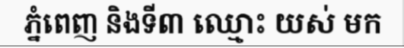
ភ្នំពេញ និងទី៣ ឈ្មោះ យស់ មក